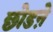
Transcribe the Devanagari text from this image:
छोडऩे